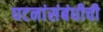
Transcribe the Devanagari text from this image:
घटनांसंबंधीची